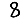
Digit: 8